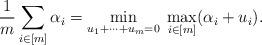
LaTeX: \begin{align*}{1\over m}\sum_{i\in[m]} \alpha_i =\min_{u_1+\cdots+u_m=0} \; \max_{i\in[m]}(\alpha_i+u_i) .\end{align*}